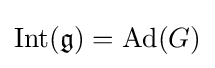
\operatorname {Int} ({\mathfrak {g}})=\operatorname {Ad} (G)